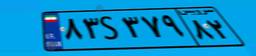
۸۶S۳۲۹۸۴